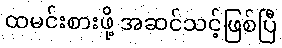
ထမင်းစားဖို့ အဆင်သင့်ဖြစ်ပြီ